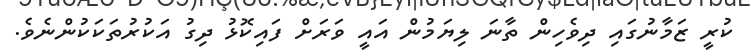
ކުރީ ޒަމާނުގައި ދިވެހިން ތާނަ ލިޔަމުން އައީ ވަރަށް ފައިކޮޅު ދިގު އަކުރުތަކަކުންނެވެ.